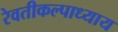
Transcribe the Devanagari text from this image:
रेवतीकल्पाध्याय